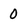
Character: 0